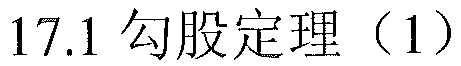
17.1 勾股定理（1）